Vaccination in Burma 1889-1999 - 1889-1999
Year: 1889
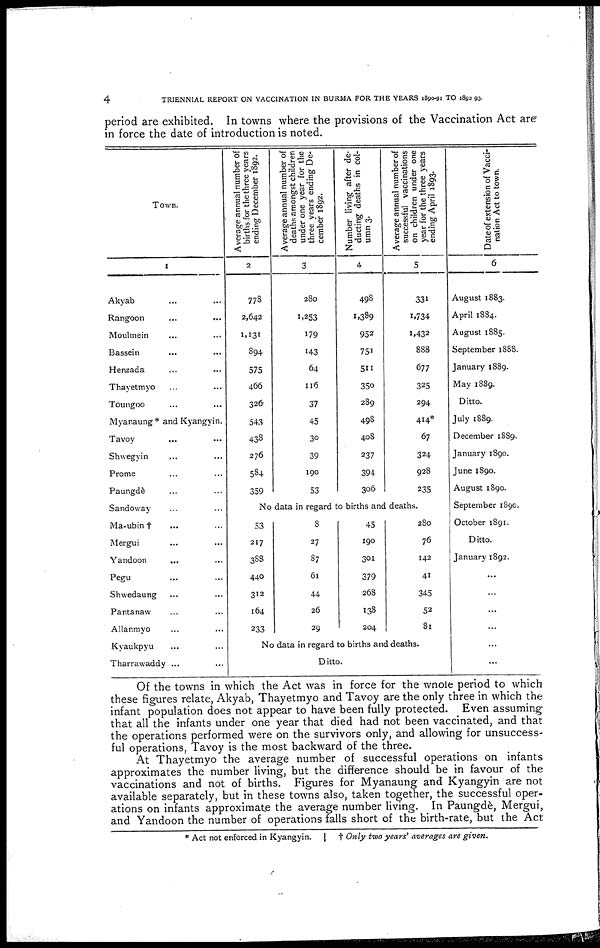
4
TRIENNIAL REPORT ON VACCINATION IN BURMA FOR THE YEARS 1890-91 TO 1892-93.
period are exhibited. In towns where the provisions of the Vaccination Act are
in force the date of introduction is noted.
Town.
1
Akyab ... ...
Rangoon ... ...
Moulmein ...
Bassein ... ...
Henzada ... ...
Thayetmyo ...
Toungoo ... ...
Myanaung* and Kyangyin.
Tavoy ... ...
Shwegyin ... ...
Prome ... ...
Paungdè ... ...
Sandoway ... ...
Ma-ubin† ... ...
Mergui ... ...
Yandoon
... ...
Pegu ... ...
Shwedaung ... ...
Pantanaw ... ...
Allanmyo ... ...
Kyaukpyu ... ...
Tharrawaddy ...
Average annual number of
births for the three years
ending December 1892.
2
778
2,642
1,131
894
575
466
326
543
438
276
534
359
Average annual number of
deaths amongst children
under one year for the
three years ending De-
cember 1892.
3
280
1,253
179
143
64
116
37
45
30
39
190
53
Number living after de-
ducting deaths in col-
umn 3.
4
498
1,389
952
751
511
350
289
498
408
237
394
306
Average annual number of
successful vaccinations
on children under one
year for the three years
ending April 1893.
5
331
1,734
1,432
888
677
325
294
414*
67
324
928
235
No data in regard to births and deaths.
53
217
388
440
312
164
233
8
27
37
61
44
26
29
45
190
301
379
268
138
204
280
76
142
41
345
52
81
No data in regard to births and deaths.
Ditto.
Date of extension of Vacci-
nation Act to town.
6
August 1883.
April 1884.
August 1885.
September 1888.
January 1889.
May 1889.
Ditto.
July 1889.
December 1889.
January 1890.
June 1890,
August 1890.
September 1890.
October 1891.
Ditto.
January 1892.
...
...
...
...
...
...
Of the towns in which the Act was in force for the whole period to which
these figures relate, Akyab, Thayetmyo and Tavoy are the only three in which the
infant population does not appear to have been fully protected. Even assuming
that all the infants under one year that died had not been vaccinated, and that
the operations performed were on the survivors only, and allowing for unsuccess-
ful operations, Tavoy is the most backward of the three.
At Thayetmyo the average number of successful operations on infants
approximates the number living, but the difference should be in favour of the
vaccinations and not of births. Figures for Myanaung and Kyangyin are not
available separately, but in these towns also, taken together, the successful oper-
ations on infants approximate the average number living. In Paungdè, Mergui,
and Yandoon the number of operations falls short of the birth-rate, but the Act
* Act not enforced in Kyangyin.
† Only two years' averages are given.